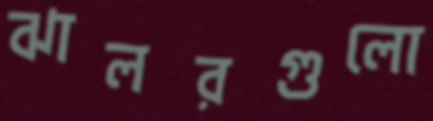
ঝালরগুলো